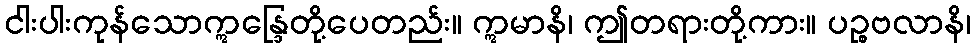
ငါးပါးကုန်သောဣန္ဒြေတို့ပေတည်း။ ဣမာနိ၊ ဤတရားတို့ကား။ ပဉ္စဗလာနိ၊